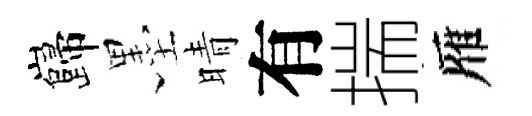
巋墨晴有揣雁